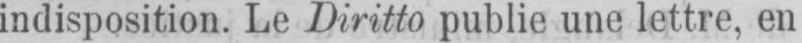
indisposition. Le Diritto publie une lettre, en